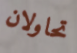
تحاولان